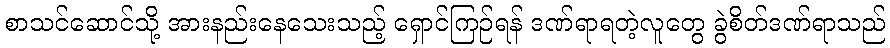
စာသင်ဆောင်သို့ အားနည်းနေသေးသည့် ရှောင်ကြဉ်ရန် ဒဏ်ရာရတဲ့လူတွေ ခွဲစိတ်ဒဏ်ရာသည်